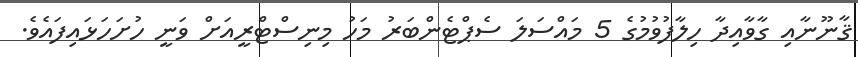
ޤާނޫނާއި ގާވާއިދާ ހިލާފުވުމުގެ 5 މައްސަލަ ސެޕްޓެންބަރު މަހު މިނިސްޓްރީއަށް ވަނީ ހުށަހަޅައިފައެވެ.